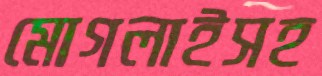
মোগলাইসহ